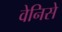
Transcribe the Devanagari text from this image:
वेनिसे